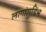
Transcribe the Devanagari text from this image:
लागांशुडिंभ